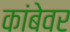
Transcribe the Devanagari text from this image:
कांबेवर